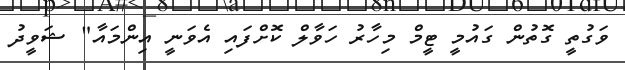
ވަގުތީ ގޮތުން ގައުމީ ޓީމް މިހާރު ހަވާލް ކޮށްފައި އެވަނީ އިންމައާ" ޝަވީދު